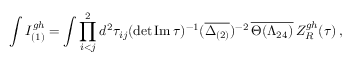
\int I _ { ( 1 ) } ^ { g h } = \int \prod _ { i < j } ^ { 2 } d ^ { 2 } \tau _ { i j } ( \operatorname * { d e t } { \mathrm { I m \, } \tau } ) ^ { - 1 } ( \overline { { { \Delta _ { ( 2 ) } } } } ) ^ { - 2 } \, \overline { { { \Theta ( \Lambda _ { 2 4 } ) } } } \, Z _ { R } ^ { g h } ( \tau ) \, ,